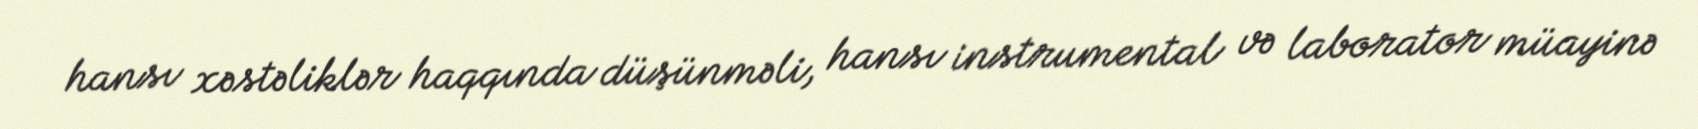
hansı xəstəliklər haqqında düşünməli, hansı instrumental və laborator müayinə